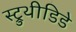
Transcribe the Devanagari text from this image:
स्ट्रुथीडिडे